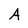
Character: A